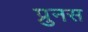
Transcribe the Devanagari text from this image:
प्रुनस